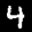
Label: 4